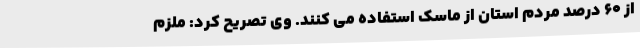
از 60 درصد مردم استان از ماسک استفاده می کنند. وی تصریح کرد: ملزم